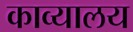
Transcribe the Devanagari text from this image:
काव्यालय